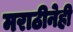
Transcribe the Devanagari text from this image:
मराठीनेही